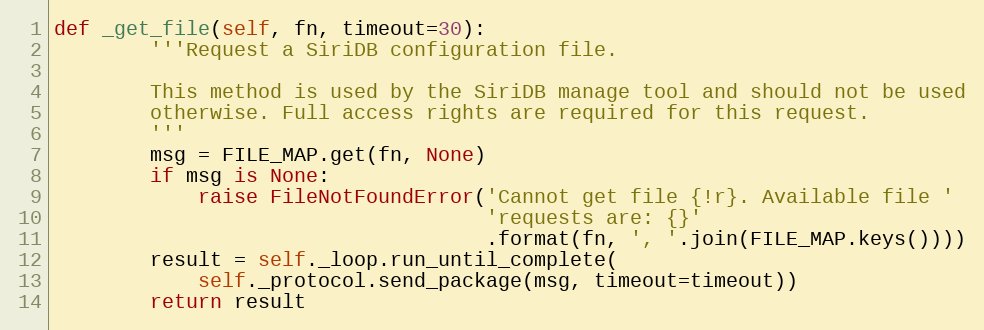
Language: Python
def _get_file(self, fn, timeout=30):
        '''Request a SiriDB configuration file.

        This method is used by the SiriDB manage tool and should not be used
        otherwise. Full access rights are required for this request.
        '''
        msg = FILE_MAP.get(fn, None)
        if msg is None:
            raise FileNotFoundError('Cannot get file {!r}. Available file '
                                    'requests are: {}'
                                    .format(fn, ', '.join(FILE_MAP.keys())))
        result = self._loop.run_until_complete(
            self._protocol.send_package(msg, timeout=timeout))
        return result